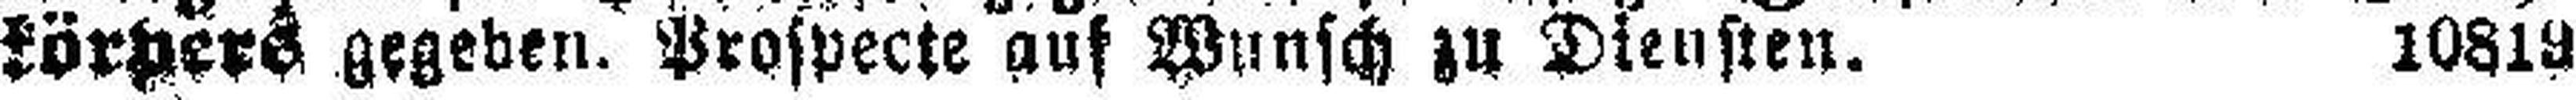
körpers gegeben. Prospecte auf Wunsch zu Diensten. 10819